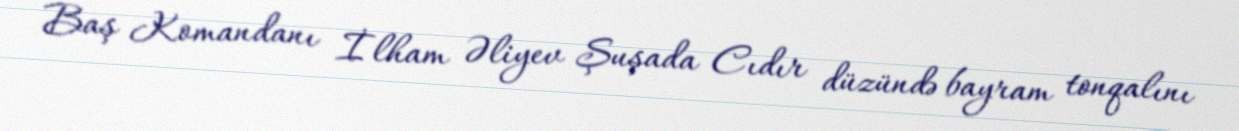
Baş Komandanı İlham Əliyev Şuşada Cıdır düzündə bayram tonqalını